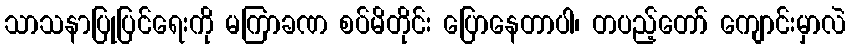
သာသနာပြုပြင်ရေးကို မကြာခဏ စပ်မိတိုင်း ပြောနေတာပါ၊ တပည့်တော် ကျောင်းမှာလဲ